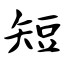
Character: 短